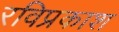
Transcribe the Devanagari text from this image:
रविप्रकाश